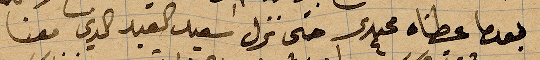
بعدما عطناه مجيدي حتى نزل سعيد القيد الذي معنا